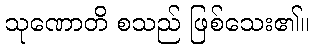
သုဏောတိ စသည် ဖြစ်သေး၏။